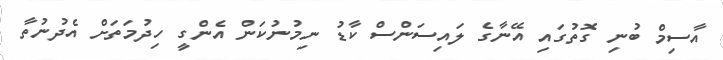
އާސިމް ބުނި ގޮތުގައި އޭނާގެ ލައިސަންސް ކާޑު ނިމުނުކަން އެންގީ ހިދުމަތަށް އެދުނުތާ